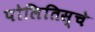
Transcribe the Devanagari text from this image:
पोलितिस्चे